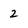
Character: 2